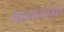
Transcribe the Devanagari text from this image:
वेदव्यासद्वारा